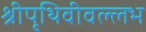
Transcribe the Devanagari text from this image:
श्रीपृथिवीवल्लभ